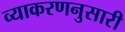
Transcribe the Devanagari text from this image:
व्याकरणनुसारी